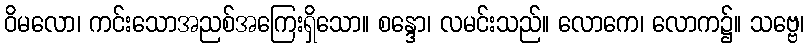
ဝိမလော၊ ကင်းသောအညစ်အကြေးရှိသော။ စန္ဒော၊ လမင်းသည်။ လောကေ၊ လောက၌။ သဗ္ဗေ၊